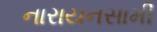
નારાયનસામી